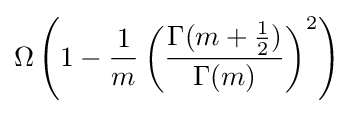
\Omega \left(1-{\frac {1}{m}}\left({\frac {\Gamma (m+{\frac {1}{2}})}{\Gamma (m)}}\right)^{2}\right)